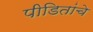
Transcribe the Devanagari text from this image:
पीडितांचे